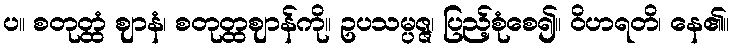
ပ။ စတုတ္ထံ ဈာနံ၊ စတုတ္ထဈာန်ကို။ ဥပသမ္ပဇ္ဇ၊ ပြည့်စုံစေ၍။ ဝိဟရတိ၊ နေ၏။